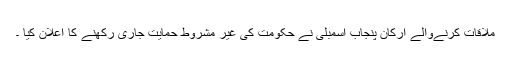
ملاقات کرنےوالے ارکان پنجاب اسمبلی نے حکومت کی غیر مشروط حمایت جاری رکھنے کا اعلان کیا ۔